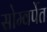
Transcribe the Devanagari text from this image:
सोम्वर्पेत